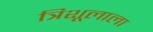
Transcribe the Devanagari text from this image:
त्रिशूलाला